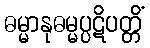
ဓမ္မာနုဓမ္မပ္ပဋိပတ္တိံ